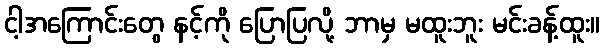
ငါ့အကြောင်းတွေ နင့်ကို ပြောပြလို့ ဘာမှ မထူးဘူး မင်းခန့်ထူး။